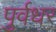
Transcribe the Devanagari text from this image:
पुर्वधर